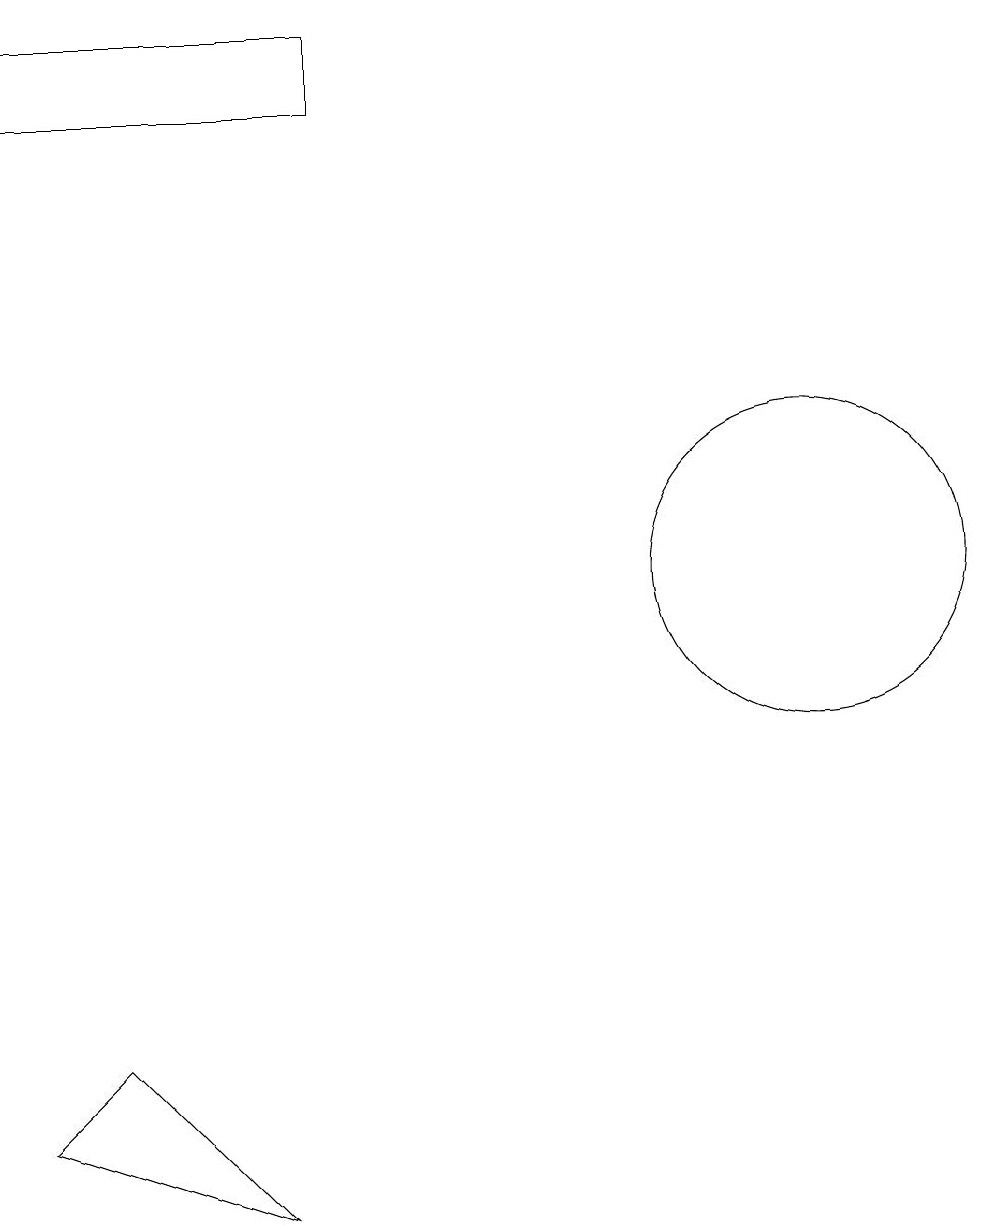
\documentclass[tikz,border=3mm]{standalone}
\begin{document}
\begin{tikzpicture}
\draw (0,3) -- (3,2) -- (1,4) -- cycle;
\draw (4,16) rectangle (0,17);
\draw (10,10) circle (2);
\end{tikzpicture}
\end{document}